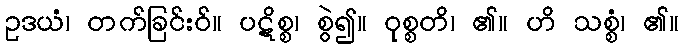
ဥဒယံ၊ တက်ခြင်းဝ်။ ပဋိစ္စ၊ စွဲ၍။ ဝုစ္စတိ၊ ၏။ ဟိ သစ္စံ၊ ၏။